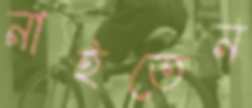
নাইতেন